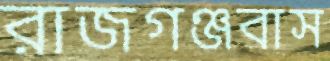
রাজগঞ্জবাস